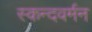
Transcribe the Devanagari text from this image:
स्कन्दवर्मन